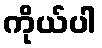
ကိုယ်ပါ